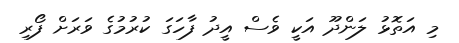
މި އަތޮޅު ލަންދޫ އަކީ ވެސް އީދު ފާހަގަ ކުރުމުގެ ވަރަށް ފޯރި